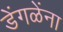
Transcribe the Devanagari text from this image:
डेंगळेंना